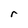
Character: r